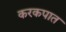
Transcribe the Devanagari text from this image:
करकपात